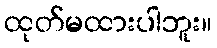
ထုတ်မထားပါဘူး။